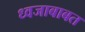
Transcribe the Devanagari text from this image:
ध्वजाबाबत